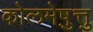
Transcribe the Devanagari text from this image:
कोलमेष़ुत्तु